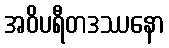
အဝိပရီတဒဿနော